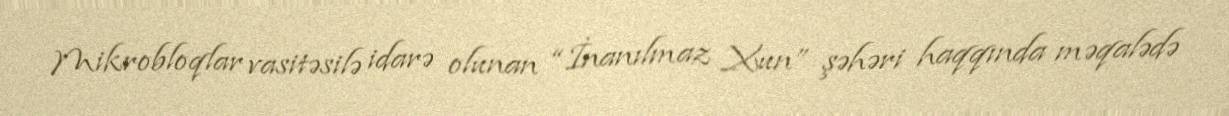
Mikrobloqlar vasitəsilə idarə olunan “İnanılmaz Xun” şəhəri haqqında məqalədə